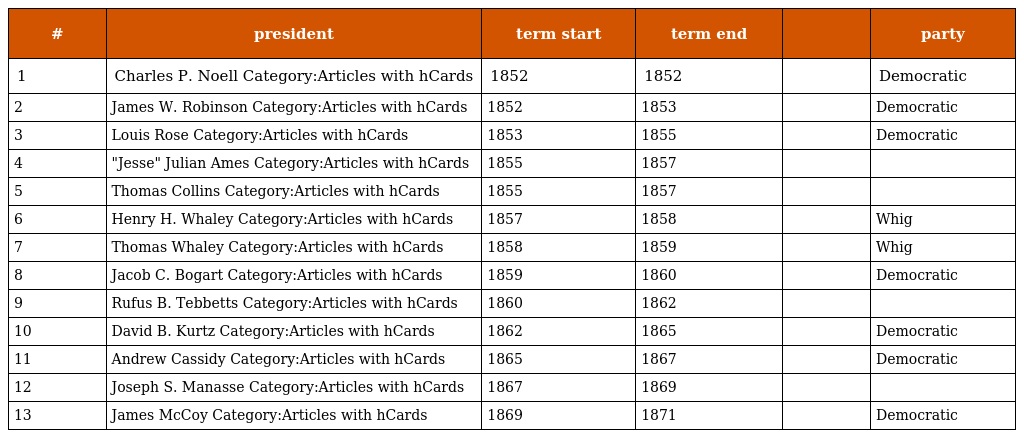
| # | president | term start | term end |  | party |
 | --- | --- | --- | --- | --- | --- |
 | 1 | Charles P. Noell Category:Articles with hCards | 1852 | 1852 |  | Democratic |
 | 2 | James W. Robinson Category:Articles with hCards | 1852 | 1853 |  | Democratic |
 | 3 | Louis Rose Category:Articles with hCards | 1853 | 1855 |  | Democratic |
 | 4 | "Jesse" Julian Ames Category:Articles with hCards | 1855 | 1857 |  |  |
 | 5 | Thomas Collins Category:Articles with hCards | 1855 | 1857 |  |  |
 | 6 | Henry H. Whaley Category:Articles with hCards | 1857 | 1858 |  | Whig |
 | 7 | Thomas Whaley Category:Articles with hCards | 1858 | 1859 |  | Whig |
 | 8 | Jacob C. Bogart Category:Articles with hCards | 1859 | 1860 |  | Democratic |
 | 9 | Rufus B. Tebbetts Category:Articles with hCards | 1860 | 1862 |  |  |
 | 10 | David B. Kurtz Category:Articles with hCards | 1862 | 1865 |  | Democratic |
 | 11 | Andrew Cassidy Category:Articles with hCards | 1865 | 1867 |  | Democratic |
 | 12 | Joseph S. Manasse Category:Articles with hCards | 1867 | 1869 |  |  |
 | 13 | James McCoy Category:Articles with hCards | 1869 | 1871 |  | Democratic |